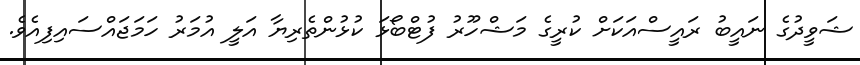
ޝަވީދުގެ ނައީބު ރައީސްއަކަށް ކުރީގެ މަޝްހޫރު ފުޓްބޯޅަ ކުޅުންތެރިޔާ އަލީ އުމަރު ހަމަޖައްސައިފިއެވެ.